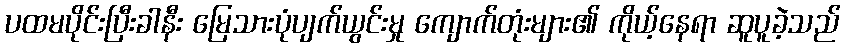
ပထမပိုင်းပြီးခါနီး မြေသားပုံပျက်ယွင်းမှု ကျောက်တုံးများ၏ ကိုယ့်နေရာ ဆူပူခဲ့သည်